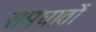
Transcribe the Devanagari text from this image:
समघातों